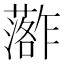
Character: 𮒏